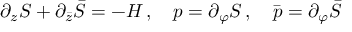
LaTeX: \partial _ { z } S + \partial _ { \bar { z } } \bar { S } = - { \cal H } \, , \quad p = \partial _ { \varphi } S \, , \quad \bar { p } = \partial _ { \varphi } \bar { S }